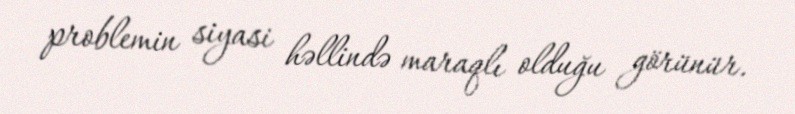
problemin siyasi həllində maraqlı olduğu görünür.